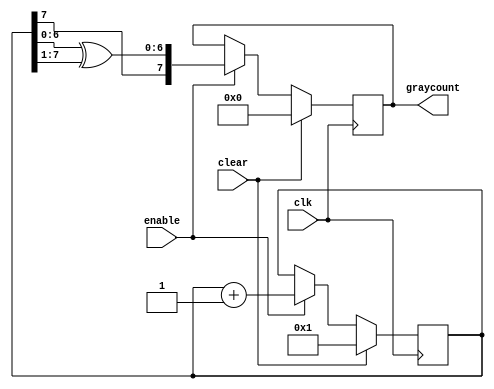
`timescale 1ns / 1ps
//////////////////////////////////////////////////////////////////////////////////
// Company: 
// Engineer: 
// 
// Design Name: 
// Module Name: graycounter
// Project Name: 
// Target Devices: 
// Tool Versions: 
// Description: Grasy scale counter based on design from http://www.asic-world.com/examples/verilog/asyn_fifo.html
// 
// Dependencies: 
// 
// Revision:
// Revision 0.01 - File Created
// Additional Comments:
// 
//////////////////////////////////////////////////////////////////////////////////

module graycounter#(parameter counterwidth = 8)(
        output reg [counterwidth - 1:0] graycount,
        
        input wire enable,
        input wire clear,
        
        input wire clk
    );
    
    reg [counterwidth - 1:0] binary_count;
    
    always @(negedge clk) begin
        if (clear) begin
            binary_count <= {counterwidth{1'b0}} + 1;
            graycount <= {counterwidth{1'b0}};
        end
        else if(enable) begin
            binary_count <= binary_count + 1;
            graycount <= {binary_count[counterwidth - 1], binary_count[counterwidth-2:0] ^ binary_count[counterwidth -1:1]};
        end
    end
    
    
    
endmodule